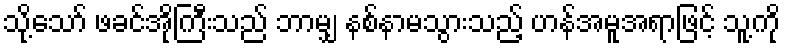
သို့သော် ဖခင်အိုကြီးသည် ဘာမျှ နစ်နာမသွားသည့် ဟန်အမူအရာဖြင့် သူ့ကို